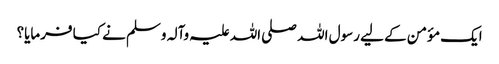
ایک مؤمن کے لیے رسول اللہ صلی اللہ علیہ وآلہ وسلم نے کیا فرمایا؟